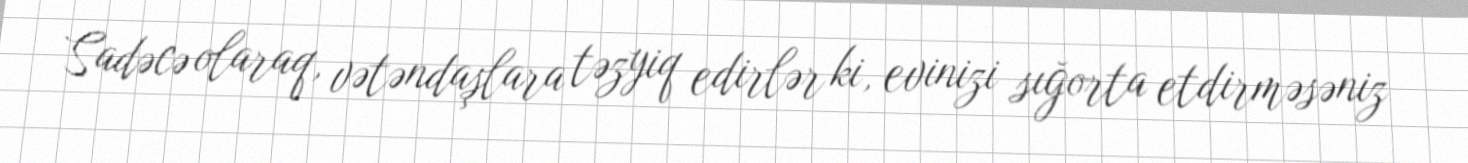
Sadəcə olaraq, vətəndaşlara təzyiq edirlər ki, evinizi sığorta etdirməsəniz